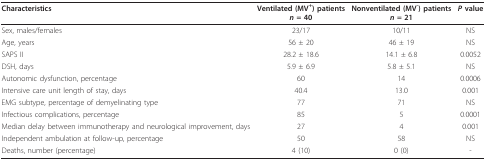
<table><thead><tr><td><b>Characteristics</b></td><td><b>Ventilated (MV<sup>+</sup>) patients<i>n </i>= 40</b></td><td><b>Nonventilated (MV<sup>-</sup>) patients<i>n </i>= 21</b></td><td><b><i>P </i>value</b></td></tr></thead><tbody><tr><td>Sex, males/females</td><td>23/17</td><td>10/11</td><td>NS</td></tr><tr><td>Age, years</td><td>56 ± 20</td><td>46 ± 19</td><td>NS</td></tr><tr><td>SAPS II</td><td>28.2 ± 18.6</td><td>14.1 ± 6.8</td><td>0.0052</td></tr><tr><td>DSH, days</td><td>5.9 ± 6.9</td><td>5.8 ± 5.1</td><td>NS</td></tr><tr><td>Autonomic dysfunction, percentage</td><td>60</td><td>14</td><td>0.0006</td></tr><tr><td>Intensive care unit length of stay, days</td><td>40.4</td><td>13.0</td><td>0.001</td></tr><tr><td>EMG subtype, percentage of demyelinating type</td><td>77</td><td>71</td><td>NS</td></tr><tr><td>Infectious complications, percentage</td><td>85</td><td>5</td><td>0.0001</td></tr><tr><td>Median delay between immunotherapy and neurological improvement, days</td><td>27</td><td>4</td><td>0.001</td></tr><tr><td>Independent ambulation at follow-up, percentage</td><td>50</td><td>58</td><td>NS</td></tr><tr><td>Deaths, number (percentage)</td><td>4 (10)</td><td>0 (0)</td><td>-</td></tr></tbody></table>